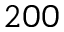
2 0 0